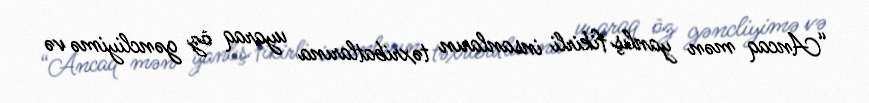
“Ancaq mən yanlış fikirli insanların təxribatlarına uyaraq öz gəncliyimə və